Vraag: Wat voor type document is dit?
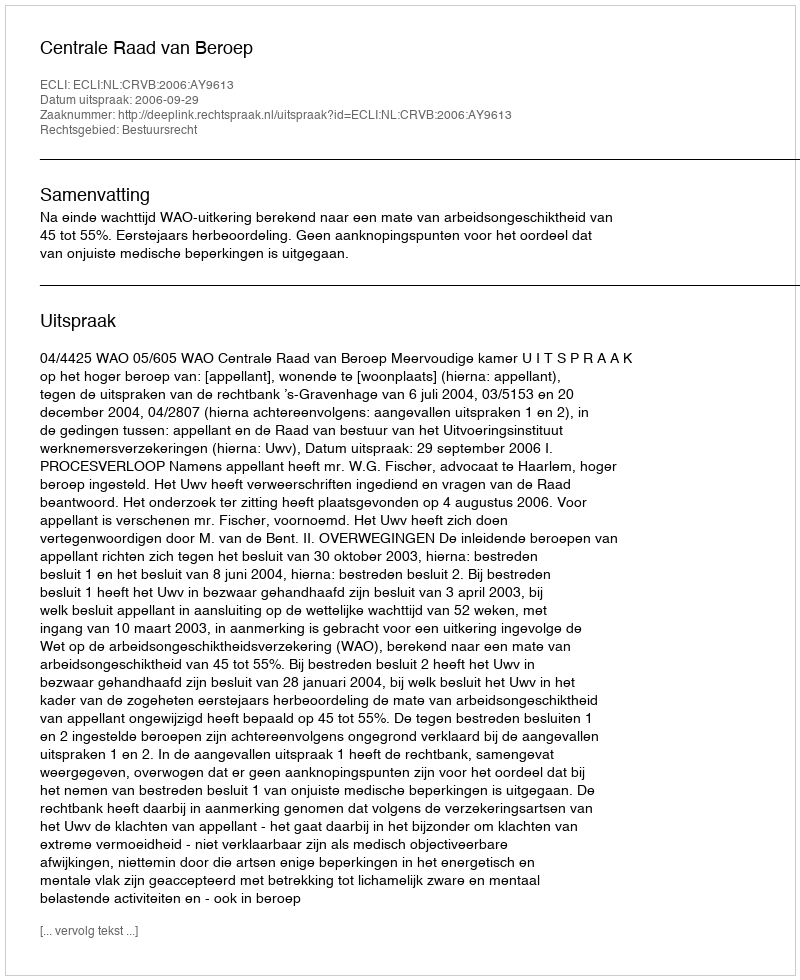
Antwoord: Uitspraak